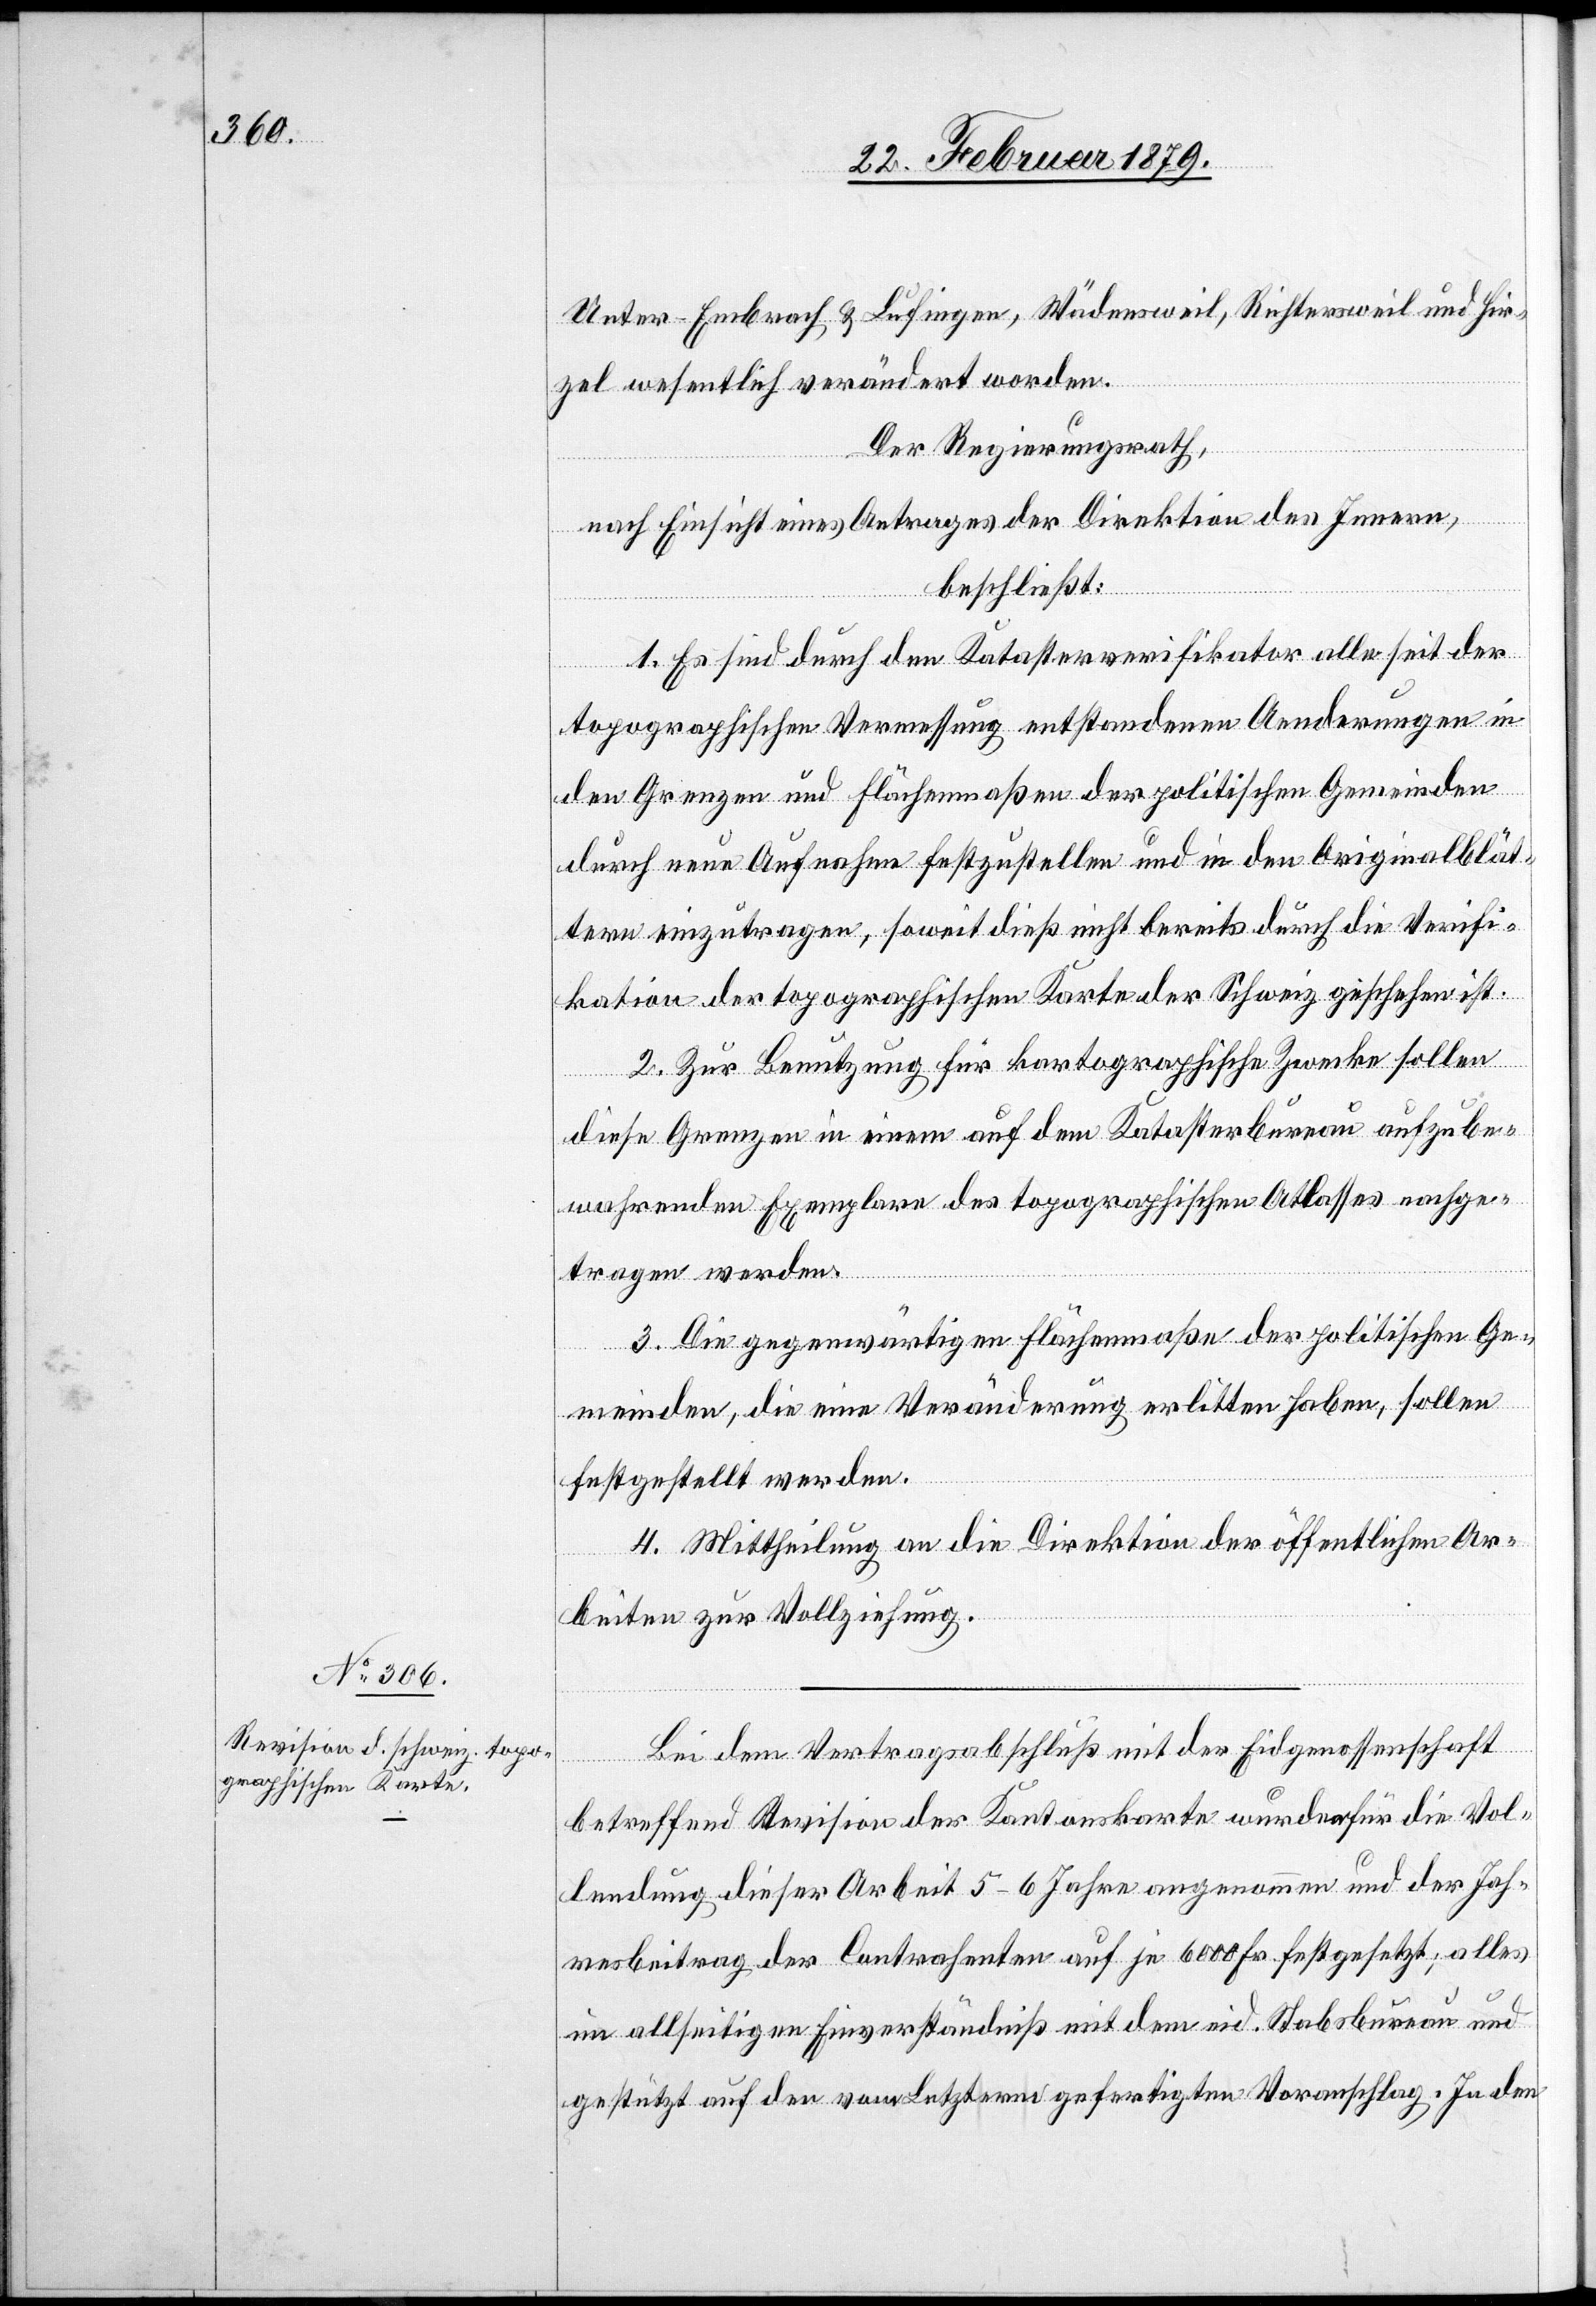
Unter-Embrach & Lufingen, Wädensweil, Richtersweil und Hir¬
zel wesentlich verändert worden.
Der Regierungsrath,
nach Einsicht eines Antrages der Direktion des Innern,
beschließt:
1. Es sind durch den Katasterverifikator alle seit der
topographischen Vermessung entstandenen Aenderungen in
den Grenzen und Flächenmaßen der politischen Gemeinden
durch neue Aufnahme festzustellen und in den Originalblät¬
tern einzutragen, soweit dieß nicht bereits durch die Verifi¬
kation der topographischen Karte der Schweiz geschehen ist.
2. Zur Benutzung für topographische Zwecke sollen
diese Grenzen in einem auf dem Katasterbureau aufzube¬
wahrenden Exemplare des topographischen Atlasses nachge¬
tragen werden.
3. Die gegenwärtigen Flächenmaße der politischen Ge¬
meinden, die eine Veränderung erlitten haben, sollen
festgestellt werden.
4. Mittheilung an die Direktion der öffentlichen Ar¬
beiten zur Vollziehung.
Bei dem Vertragsabschluß mit der Eidgenossenschaft
betreffend Revision der Kantonskarte wurden für die Vol¬
lendung dieser Arbeit 5–6 Jahre angenommen und der Jah¬
resbeitrag der Contrahenten auf je 6000 Fr. festgesetzt; alles
im allseitigen Einverständniß mit dem eid. Stabsbureau und
gestützt auf den vom Letzteren gefertigten Voranschlag. In den